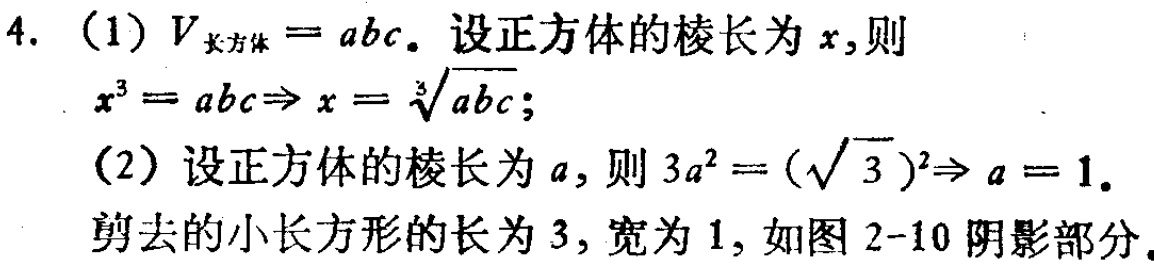
4. (1) \(V_{长方体}=abc\). 设正方体的棱长为\(x\),则
\(x^{3}=abc\Rightarrow x = \sqrt[3]{abc}\);
(2) 设正方体的棱长为\(a\),则 \(3a^{2}=(\sqrt{3})^{2}\Rightarrow a = 1\).
剪去的小长方形的长为\(3\),宽为\(1\),如图2-10阴影部分.